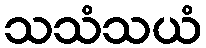
သသံသယံ